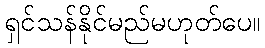
ရှင်သန်နိုင်မည်မဟုတ်ပေ။